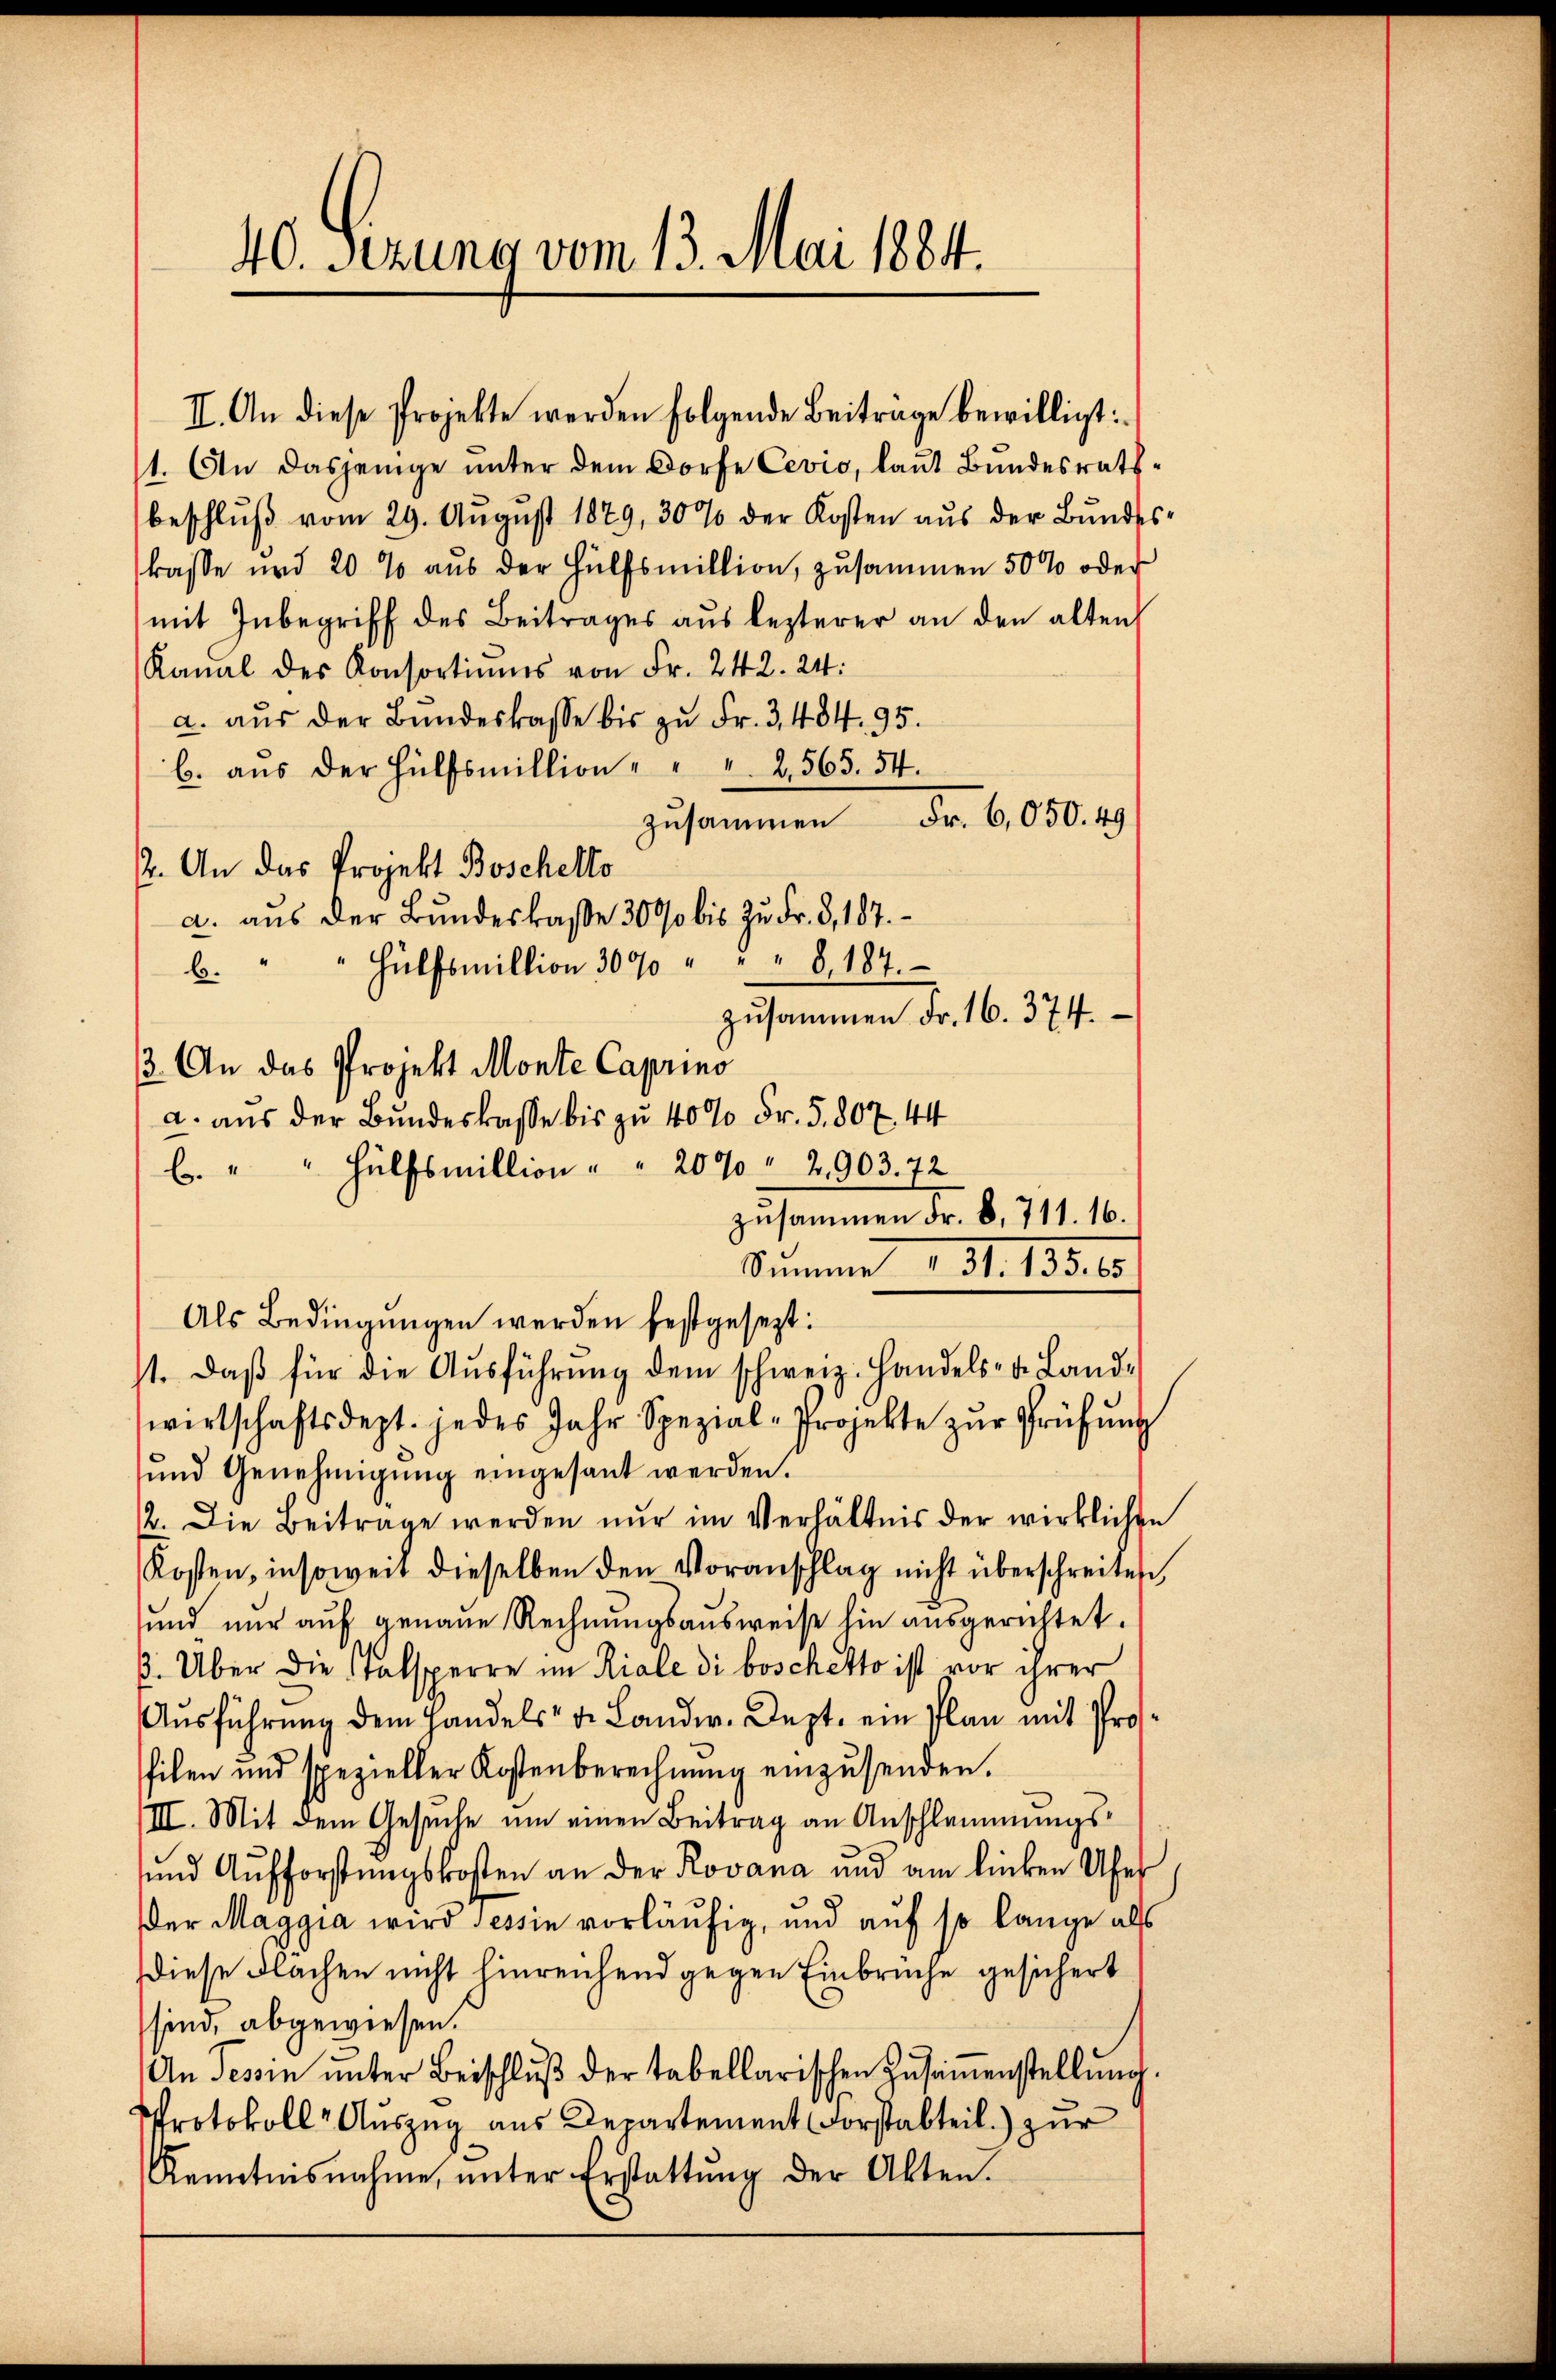
II. An diese Projekte werden folgende Beiträge bewilligt:
1. An dasjenige unter dem Dorfe Cevio, laut Bundesrathbeschlŭβ vom 29. Aŭgŭst 1879, 30% der Kosten aŭs der Bŭndes-
kasse und 20 % aŭs der Hülfsmillion, zusammen 500 oder
mit Inbegriff des Beitrages aus lezterer an den alten
Kanal des Konsortiums von Fr. 242. 24.
a. aŭs der Bŭndeskasse bis zŭ Fr. 3, 484. 95.
b. aŭs der Hülfsmillion " " " 2,565. 54.
Fr. 6,050. 49.
zusammen
2. An das Projekt Boschetto
a. aus der Bundeskasse 30% bis zu Fr. 3, 187.
b. " " Hülfsmillion 3000 " " " 8. 187.
zusammen Fr. 16. 374.
3. An das Projekt Monte Caprino
a. aus der Bundeskasse bis zu 40% Fr. 5. 807. 44
b. " " Hülfsmillion " " 20% " 2903. 72
zusammen Fr. 8, 711. 16.
Summe 1 S. 13516.
Als Bedingungen werden festgesezt:
st. daβ für die Aŭsführŭng dem schweiz. Handels- u. Land-
wirtschaftsdept. jedes Jahr Spezial-Projekte zŭr Prüfŭng
und Genehmigung eingesant werden.
2. Die Beitrage werden nur im Verhältnis der wirklichen
Kosten, insoweit dieselben den Voranschlag nicht überschreiten
und nur auf genaue Rechnŭngsausweise hin ausgerichtet.
3. Über die Talsperre im Riale di boschetto ist vor ihrer
Ausführung dem Handels v. Lander. Dept. ein Plan mit Profilen und spezieller Kostenberechnŭng einzŭsenden.
III. Mit dem Gesuche um einen Beitrag an Anschlemmungs¬
und Aufforstungskosten an der Rovana und am lieben Ufer
der Maggia wird Tessin vorläufig, und auf so lange als
diese Flächen nicht hinreichend gegen Einbruche gesichert
sind, abgewiesen.
An Tessin ŭnter Beischlŭβ der tabellarischen Zusammenstellŭng.
PProtokoll Auszug aus Departement Forstabteil) zur
Kenntnisnahme, ŭnter Erstattŭng der Akten.

40. Sezuna vom 13. Mai 1884.